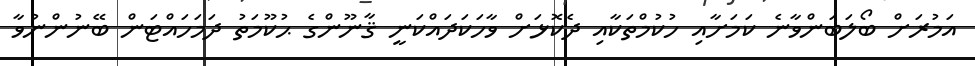
އަމުރަށް ބޯލަބަންވާނެ ކަމަށާއި ހުކުމްތަކާއި ދެކޮޅަށް ވާހަކަދައްކަނީ ޤާނޫންގެ ޙުކޫމަތު ދަމަހައްޓަން ބޭނުންނުވާ